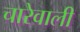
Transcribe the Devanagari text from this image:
चारेवाली